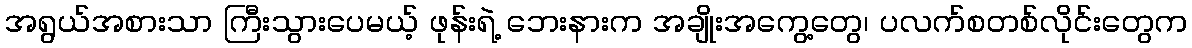
အရွယ်အစားသာ ကြီးသွားပေမယ့် ဖုန်းရဲ့ ဘေးနားက အချိုးအကွေ့တွေ၊ ပလက်စတစ်လိုင်းတွေက